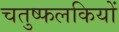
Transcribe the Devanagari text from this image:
चतुष्फलकियों